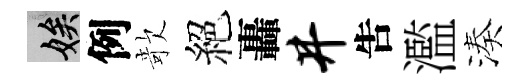
娭例欹絕轟井吿濫湊